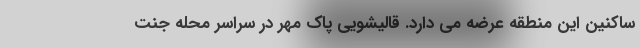
ساکنین این منطقه عرضه می دارد. قالیشویی پاک مهر در سراسر محله جنت